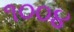
૧૦૦૪